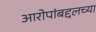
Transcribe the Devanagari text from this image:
आरोपांबद्दलच्या